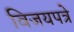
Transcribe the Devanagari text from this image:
विजयपत्रे